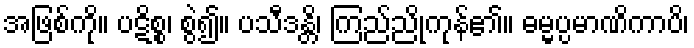
အဖြစ်ကို။ ပဋိစ္စ၊ စွဲ၍။ ပသီဒန္တိ၊ ကြည်ညိုကုန်၏။ ဓမ္မပ္ပမာဏိကာပိ၊